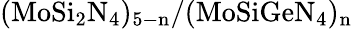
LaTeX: \mathrm{(MoSi_{2}N_{4})_{5-n}/(MoSiGeN_{4})_{n}}